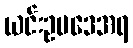
ယင်းဥပဒေအရ